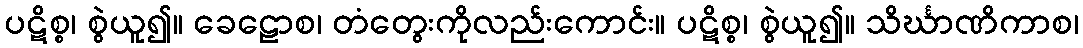
ပဋိစ္စ၊ စွဲယူ၍။ ခေဠောစ၊ တံတွေးကိုလည်းကောင်း။ ပဋိစ္စ၊ စွဲယူ၍။ သိင်္ဃာဏိကာစ၊